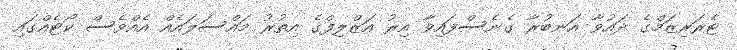
ޓެރަރިޒަމްގެ ދައުވާ އަނބުރާ ގެނެސްފައިވާ އިރު އަޒްލިފްގެ އިތުރު މައްސަލައެއް އެއްވެސް ކޯޓެއްގައި